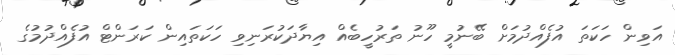
އަވިން ހަކަތަ އުފެއްދުމަށް ބޭނުމީ ހޫނު ތަރުހީބެއް އިޔާދަކުރަނިވި ހަކަތައިން ކަރަންޓް އުފެއްދުމުގެ